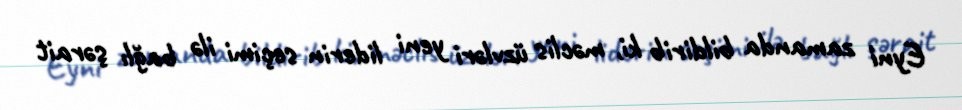
Eyni zamanda bildirib ki, məclis üzvləri yeni liderin seçimi ilə bağlı şərait